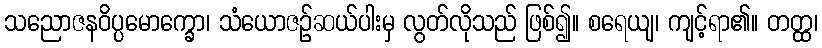
သညောဇနဝိပ္ပမောက္ခော၊ သံယောဇဉ်ဆယ်ပါးမှ လွတ်လိုသည် ဖြစ်၍။ စရေယျ၊ ကျင့်ရာ၏။ တတ္ထ၊